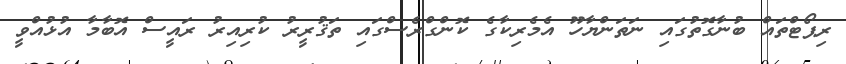
ރިޕޯޓްތައް ބުނާގޮތުގައި ނަތަންޔާހޫ އެމެރިކާގެ ކޮންގްރެސްގައި ތަޤުރީރު ކުރިއިރު ރައީސް އޮބާމާ އުޅުއްވީ